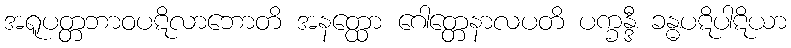
အရူပတ္တဘာဝပဋိလာဘောတိ အနတ္ထော ဂေါတ္တေနာလပတိ ပက္ခန္ဒီ ခန္ဓပဋိပါဋိယာ